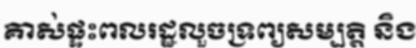
គាស់ផ្ទះពលរដ្ឋលួចទ្រព្យសម្បត្តិ និង